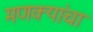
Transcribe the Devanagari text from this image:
मणक्यांचा